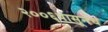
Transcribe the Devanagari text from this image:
२००६पासूनच